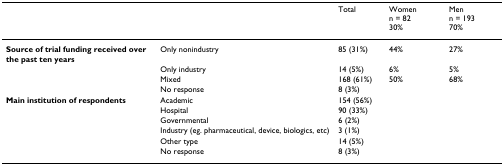
|  |  | Total | Womenn = 8230% | Menn = 19370% |
 | --- | --- | --- | --- | --- |
 | Source of trial funding received over the past ten years | Only nonindustry | 85 (31%) | 44% | 27% |
 |  | Only industry | 14 (5%) | 6% | 5% |
 |  | Mixed | 168 (61%) | 50% | 68% |
 |  | No response | 8 (3%) |  |  |
 | Main institution of respondents | Academic | 154 (56%) |  |  |
 |  | Hospital | 90 (33%) |  |  |
 |  | Governmental | 6 (2%) |  |  |
 |  | Industry (eg. pharmaceutical, device, biologics, etc) | 3 (1%) |  |  |
 |  | Other type | 14 (5%) |  |  |
 |  | No response | 8 (3%) |  |  |